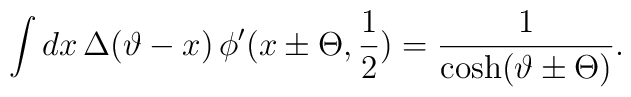
\displaystyle\int dx\, \Delta (\vartheta -x)\, \phi '(x\pm \Theta ,\displaystyle\frac{1}{2})=\displaystyle\frac{1}{\cosh (\vartheta \pm \Theta )}.